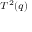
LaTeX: \scriptstyle { T ^ { 2 } ( q ) }